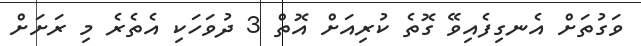
ވަގުތަށް އެނގިފެއިވޭ ގޮތެ ކުރިއަށް އޮތް 3 ދުވަހަކި އެތެރެ މި ރަށަށް